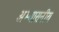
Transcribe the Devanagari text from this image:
अभ्यासनीय